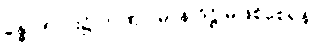
ခန္ဓာ ၅-ပါး၌ တဏှာ မာန ဒိဋ္ဌိ မဖြစ်စေရန်